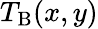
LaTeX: T_{\mathrm{B}}(x,y)